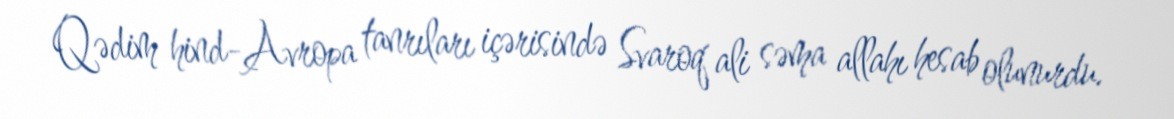
Qədim hind-Avropa tanrıları içərisində Svaroq ali səma allahı hesab olunurdu.